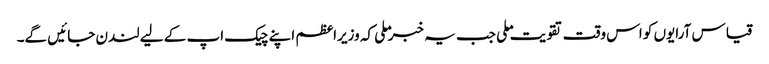
قیاس آرایوں کو اس وقت تقویت ملی جب یہ خبر ملی کہ وزیراعظم اپنے چیک اپ کے لیے لندن جائیں گے۔